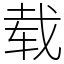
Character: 载